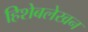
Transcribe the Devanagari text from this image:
हिशेबलेखन